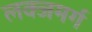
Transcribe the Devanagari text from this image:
लक्जमर्ग